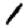
Digit: 1